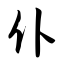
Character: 仆